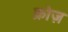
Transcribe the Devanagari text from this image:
क्रोज़